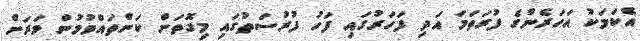
އެކަމަކު އަހަރެންގެ ފުރަތަމަ އަދި ފަހަރުގައި ފަހު ފުރުސަތުގައި މިގޮތަށް ކަންތައްވުމުން ވަރަށް